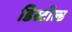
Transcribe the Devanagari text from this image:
डिस्टील्ड